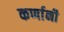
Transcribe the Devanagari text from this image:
कर्णानी